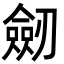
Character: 劒